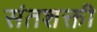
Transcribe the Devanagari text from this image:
संतशक्ती